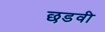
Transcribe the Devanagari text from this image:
छडवी